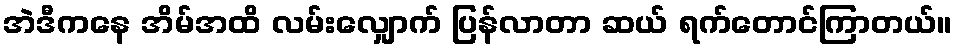
အဲဒီကနေ အိမ်အထိ လမ်းလျှောက် ပြန်လာတာ ဆယ် ရက်တောင်ကြာတယ်။